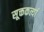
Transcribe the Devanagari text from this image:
सूक्तकर्त्या